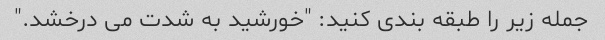
جمله زیر را طبقه بندی کنید: "خورشید به شدت می درخشد."